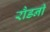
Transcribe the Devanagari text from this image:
रौडनी